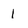
Character: 1